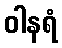
ဝါနရံ